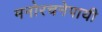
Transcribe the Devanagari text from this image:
मनोरचनेपायी